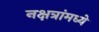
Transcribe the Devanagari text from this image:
नक्षत्रांमध्ये